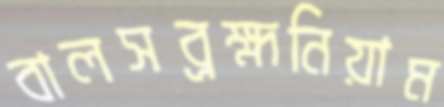
বালসব্রহ্মনিয়াম